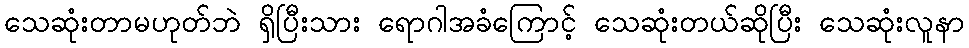
သေဆုံးတာမဟုတ်ဘဲ ရှိပြီးသား ရောဂါအခံကြောင့် သေဆုံးတယ်ဆိုပြီး သေဆုံးလူနာ